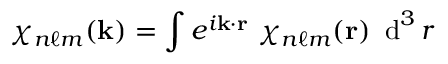
\chi _ { n \ell m } ( { \mathbf { k } } ) = \int e ^ { i { \mathbf { k } } \cdot { \mathbf { r } } } ~ \chi _ { n \ell m } ( { \mathbf { r } } ) ~ \operatorname { d } ^ { 3 } r